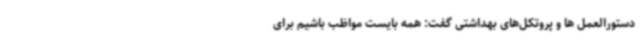
دستورالعمل ها و پروتکل‌های بهداشتی گفت: همه بایست مواظب باشیم برای